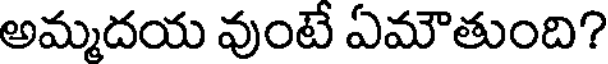
అమ్మదయ వుంటే ఏమౌతుంది?